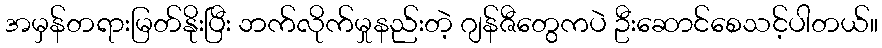
အမှန်တရားမြတ်နိုးပြီး ဘက်လိုက်မှုနည်းတဲ့ ဂျန်ဇီတွေကပဲ ဦးဆောင်စေသင့်ပါတယ်။